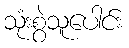
သုံးစွဲသူပေါင်း